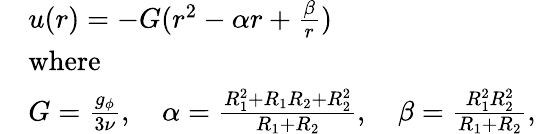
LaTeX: \begin{array}{rl}&{u(r)=-G(r^{2}-\alpha r+\frac{\beta}{r})}\\ &{\mathrm{where}}\\ &{G=\frac{g_{\phi}}{3\nu},\quad\alpha=\frac{R_{1}^{2}+R_{1}R_{2}+R_{2}^{2}}{R_{1}+R_{2}},\quad\beta=\frac{R_{1}^{2}R_{2}^{2}}{R_{1}+R_{2}},}\end{array}